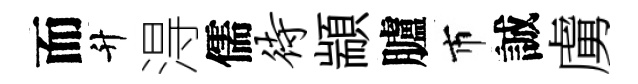
而升淂儒待顓臚市誠虜